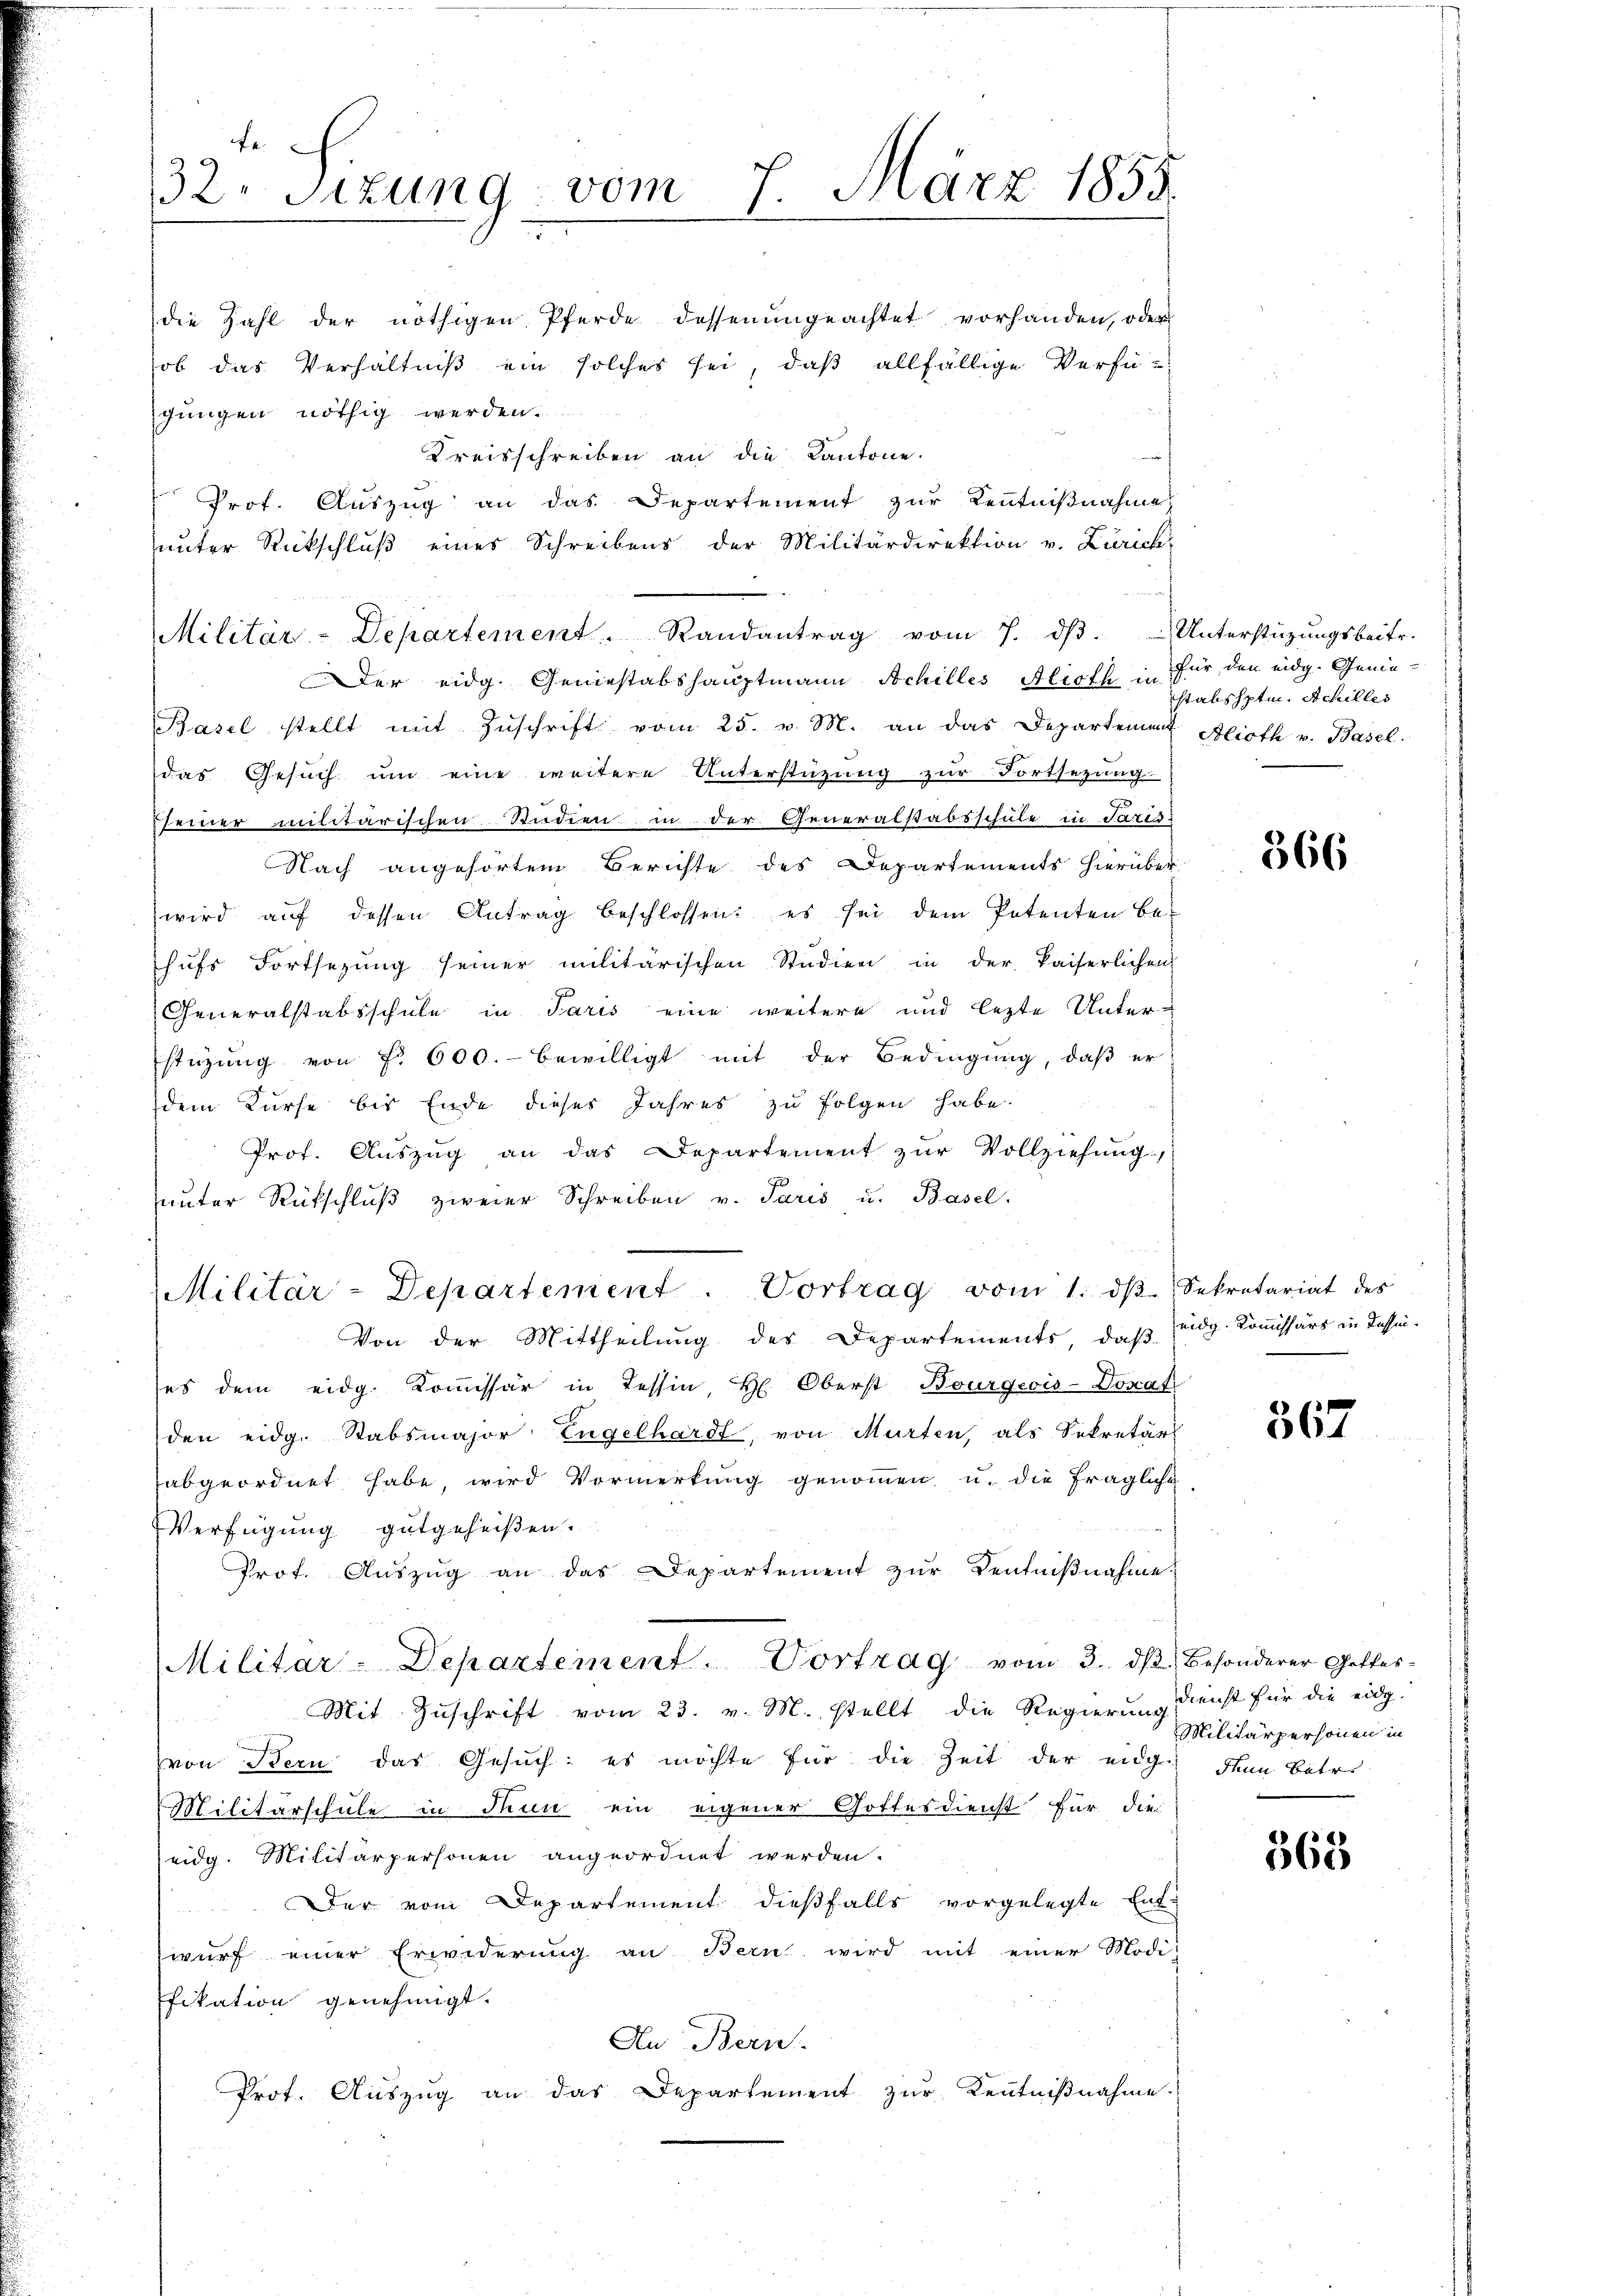
fe
32. Sitzung vom 7. März 1855.

gungen nöthig werden.
Kreisschreiben an die Kantone.
Prot. Auszug an das Departement zur Kenntnißnahme
unter Rückschluß eines Schreibens der Militärdirektion v. Zürich
Militär-Departement. Randantrag vom 7. dβ. - Unterstüzungsbeitr.
Der eidg. Geniestabshauptmann Schilles Alioth in für den eidg. Genie¬
Basel stellt mit Zŭschrift vom 25. v. M. an das Departement Alioth v. Basel
das Gesuch um eine weitere Unterstüzung zur Fortsezung
seiner militärischen Studien in der Generalstabsschule in Paris
Nach angehörten Berichte des Departements hierüber
wird aŭf dessen Antrag beschlossen: es sei dem Petenten be-
hufs Fortsezung seiner militärischen Studien in der kaiserlichen
Generalstabsschule in Paris eine weitere und lezte Unter-
stüzung von §. 600.- bewilligt mit der Bedingung, daß er
dem Kurse bis Ende dieses Jahres zu folgen habe.
Prof. Aŭszŭg an das Departement zŭr Vollziehung,
ŭnter Rückschlŭβ zweier Schreiben v. Paris u. Basel:
Militär-Departement. Vortrag vom 1. dβ Sekretariat des
Von der Mittheilung des Departements, daß
ses dem eidg. Kommissär in Tessin, H. Oberst Bourgeois-Donat
den eidg. Stabsmajor Engelhardt, von Murten, als Sekretär
abgeordnet habe, wird Vormerkung genommen u. die fragliche
Verfügung gutgeheißen.
Prof. Auszug an das Departement zur Kentniβnahme.
Militar-Departement. Vortrag vom 3. ds. besonderer Gottes-
Mit Zuschrift vom 23. v. M. stellt die Regierung
von Bern das Gesuch: es möchte für die Zeit der eidg. dann Betre
Militärschule in Thun ein eigener Gottesdienst für die
eidg. Militärpersonen angeordnet werden.
Der vom Departement dießfalls vorgelegte Ent-
wŭrf einer Erwederung an Bern wird mit einer Modi-
fikation genehmigt.
An Bern
Prot. Auszug an das Departement zŭr Kenntniβnahme.

die Zahl der nöthigen Pferde dessenungeachtet vorhanden, oder
ob das Verhältniß ein solches sei, daß allfällige Verfü¬

stabshptm. Achilles

366

eidg. Kommissärs in dassen.

367

Dienst für die eidg.
Militärpersonen in

568